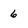
Character: 6